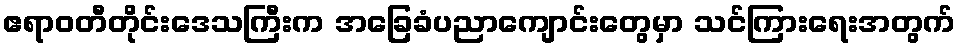
ဧရာဝတီတိုင်းဒေသကြီးက အခြေခံပညာကျောင်းတွေမှာ သင်ကြားရေးအတွက်